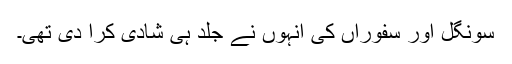
سونگل اور سفوراں کی انہوں نے جلد ہی شادی کرا دی تھی۔